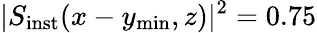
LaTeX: \vert S_{\mathrm{inst}}(x-y_{\mathrm{min}},z)\vert^{2}=0.75